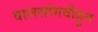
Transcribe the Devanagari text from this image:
वालसांगवीहून